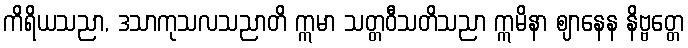
ကိရိယသညာ, ဒသာကုသလသညာတိ ဣမာ သတ္တဝီသတိသညာ ဣမိနာ ဈာနေန နိဗ္ဗတ္တေ